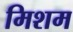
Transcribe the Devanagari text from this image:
मिशम